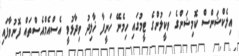
އިލެކްޝަންސް ކޮމިޝަންގެ ވަކީލުންގެ ޓީމުގައި ހިމެނޭ ހަނީފާ ޚާލިދު ވިދާޅުވީ އެސްއެމްއެސްތައް ފޮނުވާފައި